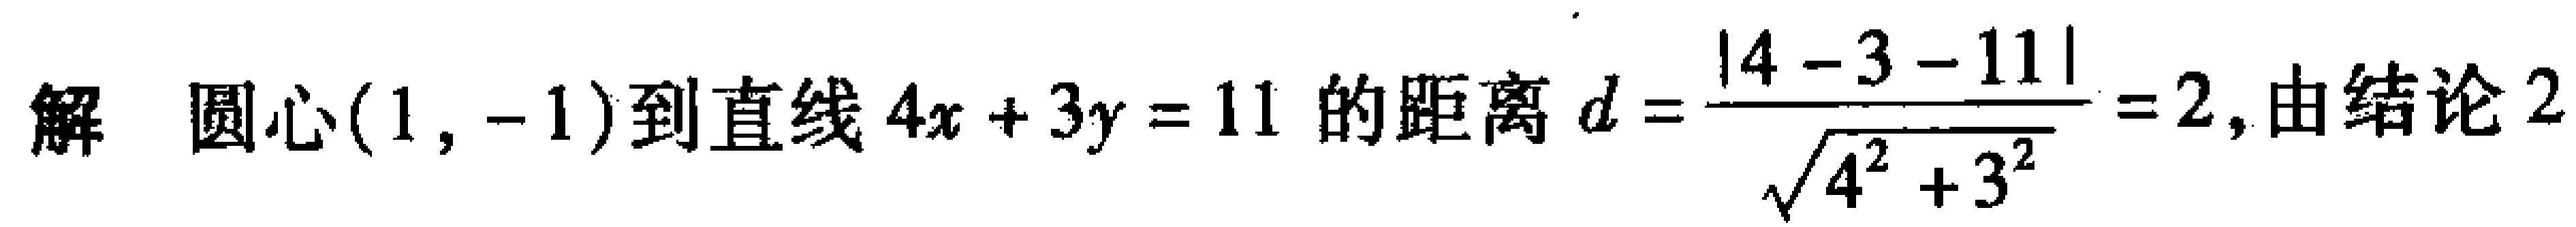
解 圆心$(1,-1)$到直线$4x + 3y = 11$的距离$d = \frac{|4 - 3 - 11|}{\sqrt{4^{2} + 3^{2}}} = 2$, 由结论2